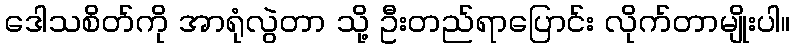
ဒေါသစိတ်ကို အာရုံလွဲတာ သို့ ဦးတည်ရာပြောင်း လိုက်တာမျိုးပါ။